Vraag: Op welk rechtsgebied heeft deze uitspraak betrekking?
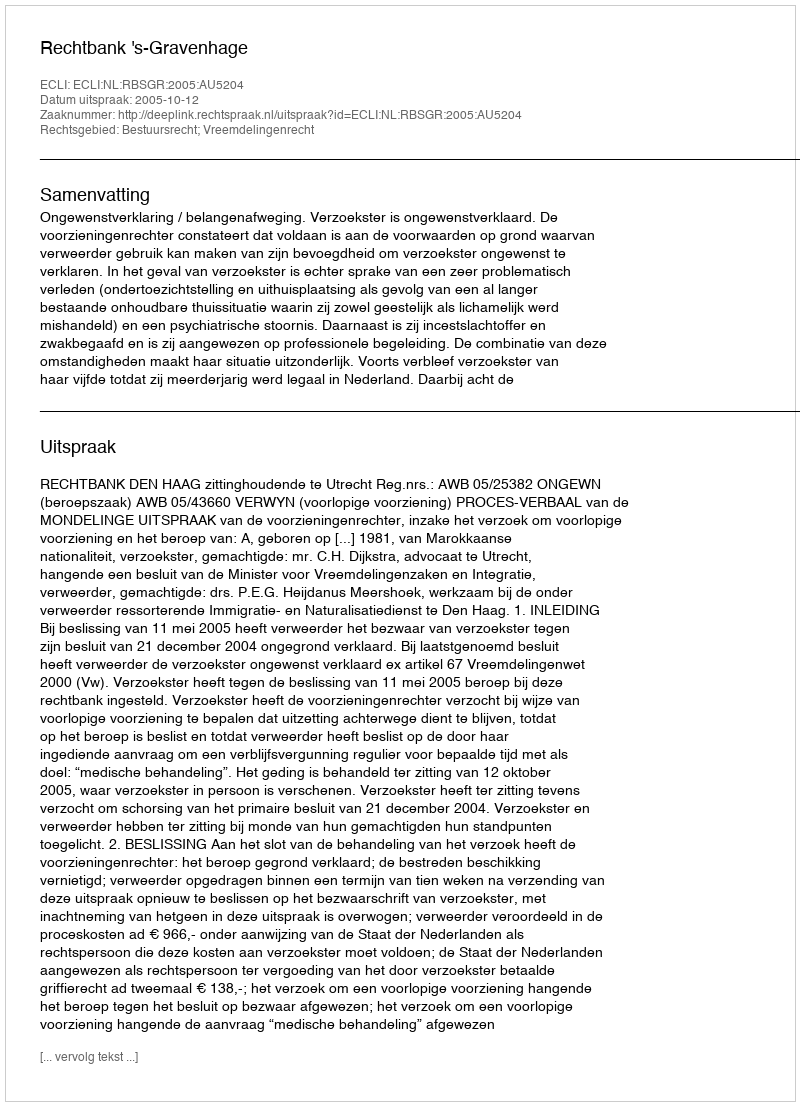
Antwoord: Bestuursrecht; Vreemdelingenrecht